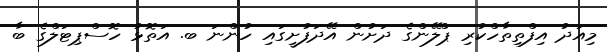
މިއަދު އިފްތިތާހްކުރި ޕްލޭންގެ ދަށުން އޭދަފުށީގައި ހުންނަ ބ. އަތޮޅު ހޮސްޕިޓަލްގެ ބާ